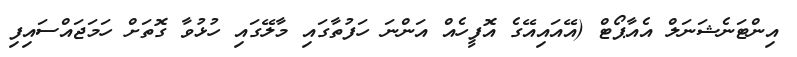
އިންޓަނެޝަނަލް އެއާޕޯޓް (އޭއައިއޭގެ އޮފީހެއް އަންނަ ހަފުތާގައި މާލޭގައި ހުޅުވާ ގޮތަށް ހަމަޖައްސައިފި